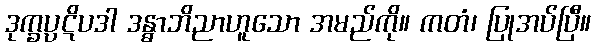
ဒုက္ခပ္ပဋိပဒါ ဒန္ဓာဘိညာဟူသော အမည်ကို။ ကတံ၊ ပြုအပ်ပြီ။